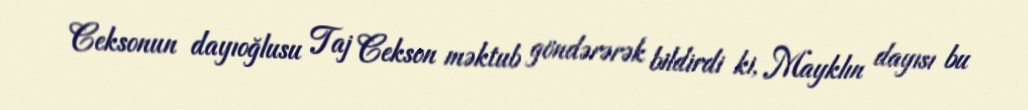
Ceksonun dayıoğlusu Taj Cekson məktub göndərərək bildirdi ki, Mayklın dayısı bu